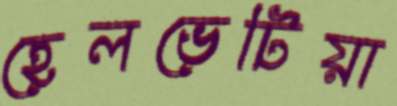
হেলভেটিয়া